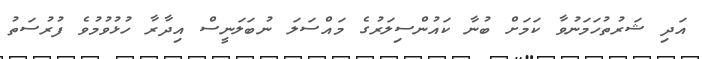
އަދި ޝަރުތުހަމަނުވާ ކަމަށް ބުނާ ކައުންސިލަރުގެ މައްސަލަ ނުބަލަނީސް އިދާރާ ހުޅުވުމުވެ ފުރުސަތު